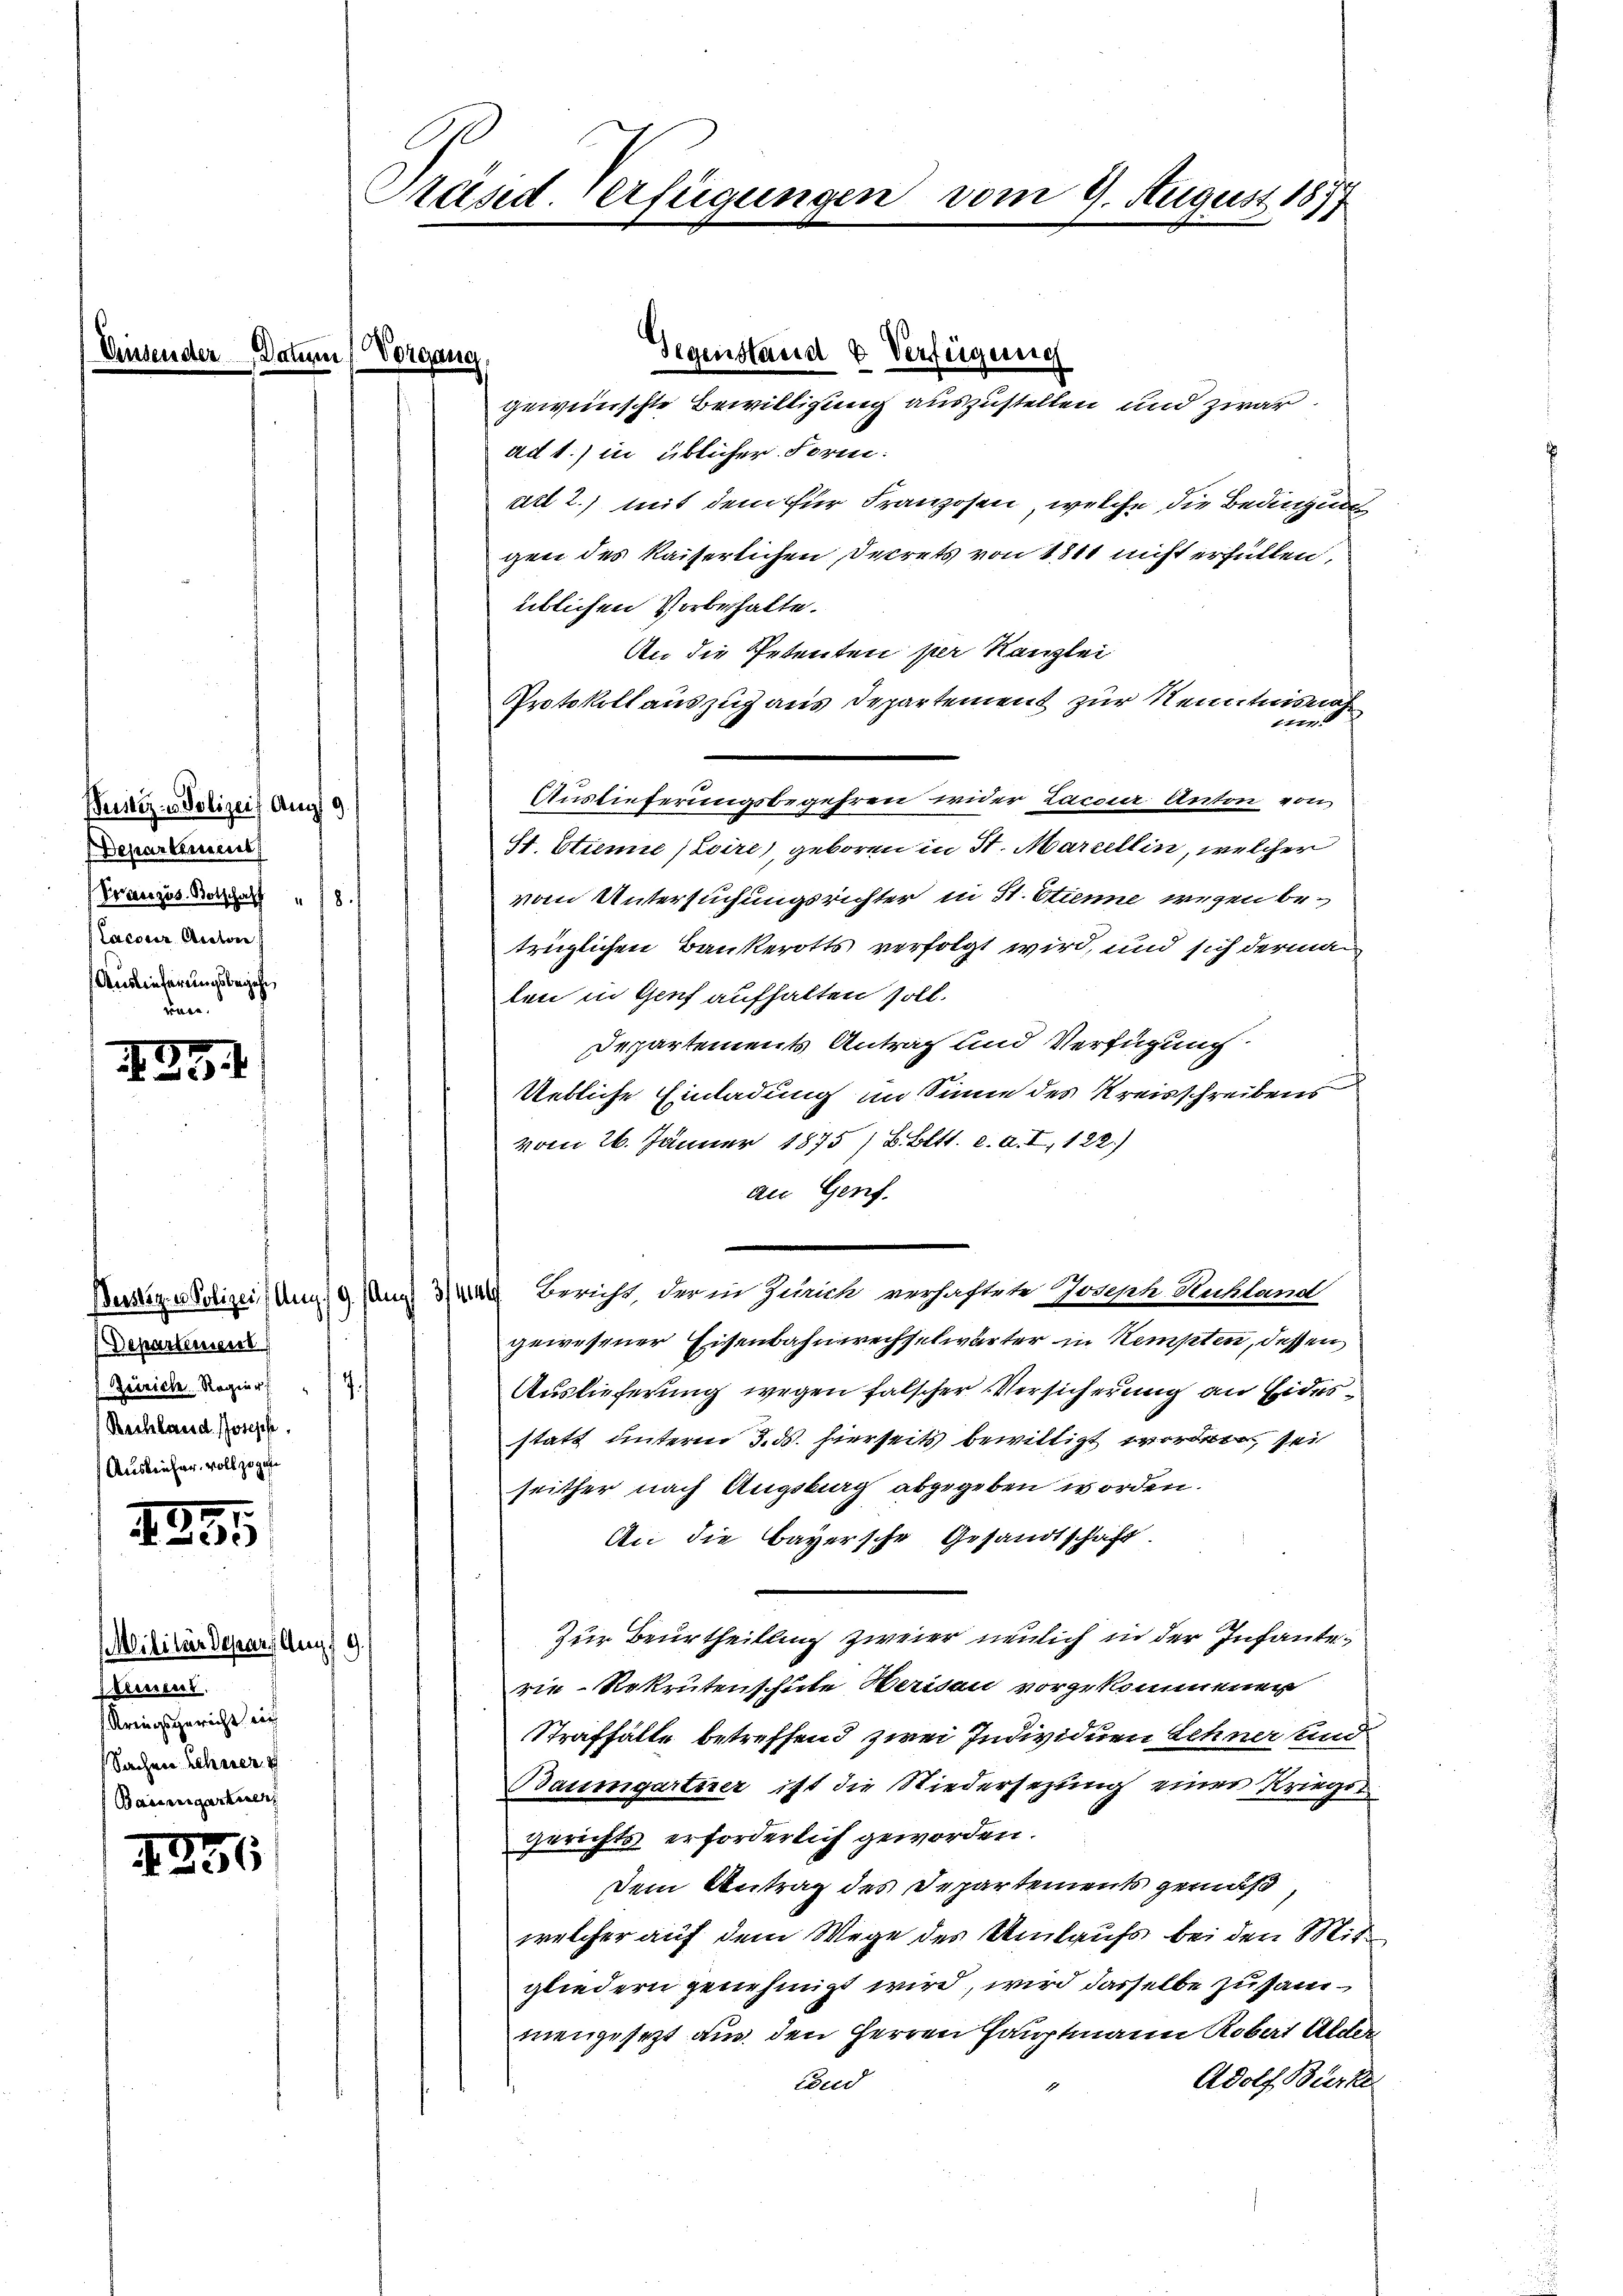
Bustiz- u Polizei Aug 9.
Departement
Vorauszus Botschaff 8.
lacur Anton
Auslieferungsbegehr
den.

135

1395

Militärdepart Aug.
Steinent.
Kriegsgericht nich
Sachen Lehner
Baumgartner

456

Präsid. Verfügungen vom 9. August 1877

u) Vorgang

sname
Geiriche Regier
Rachland Joseph.
Ausleiher voll zugefe

ad 1.) in üblicher Form:
ad 2.) mit dem für Franzosen, welche die Bedingung
gen des Kaiserlichen Decrets von 1811 nicht erfüllen,
üblichen Vorbehalte.
An die Petenten per Kanzlei
Protokoll auszuhaus Departement zur Kenntnisnah
1177
Auslieferungsbegehren wider Lacour Anton von
St. Etienne (Loire), geboren in St. Marzellin, welcher
vom Untersuchungsrichter in H. Etiene wegen betrüglichen Bankerotts verfolgt wird, und sich derman
ten in Genf aufhalten soll.
Departements Antrag und Verfügung.
Uetliche Einladung im Sinne des Kreisschreibens
vom 26. Jänner 1875 / B. Bett. e. a. I, 122.)
an Genf.
Bestige Polizei (Ung 19. Aug) 3/4 44 Bericht, der in Zürich verhaftete Joseph Unkland
gewesener Eisenbahnwechselwärter in Kempten, dessen
Auslieferung wegen falscher Versicherung an Eidesstatt unterm 3. ds. hierseits bewilligt worden, sei
seither nach Augstrag abgegeben worden.
An die Bayersche Gesandtschaft.
Zur Beurtheilung zweier neulich in der Infante
rie-Rekrutenschule Werden vorzukommenen
Straffälle betreffend zwei Individuen Schner und
Baumgartner ist die Niedersezung einer Kriegs
gerichts erforderlich geworden.
Dem Antrag des Departements gemäß,
welcher auf dem Wege des Umlaufs bei den Mitgliedern genehmigt wird, wird dasselbe zusammengesezt an den Herren Hauptmann Rober Alten
Adolf Bürke
End

Gegenstand & Verfügung
gewünschte Bewilligung auszustellen und zwar